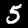
Label: 5